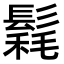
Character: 𩮄